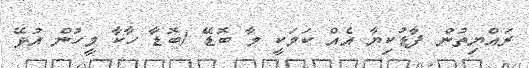
ރައްޔިތުން ފާޑުކިޔާ އެއް ކަމަކީ މާ ބޮޑޭ (ބޮޑާ ހާކާ މީހުން އުޅޭ